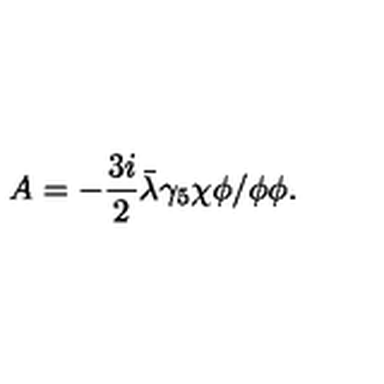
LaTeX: A = - \frac { 3 i } { 2 } { \bar { \lambda } } \gamma _ { 5 } \chi \phi / \phi \phi .